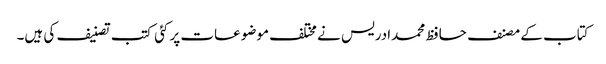
کتاب کے مصنف حافظ محمدادریس نے مختلف موضوعات پر کئی کتب تصنیف کی ہیں۔